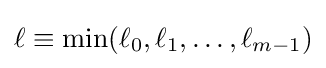
\ell \equiv \min(\ell _{0},\ell _{1},\ldots ,\ell _{m-1})